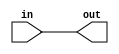
/* 
This file provides the mapping from the Wokwi modules to Verilog HDL

It's only needed for Wokwi designs

*/
`define default_netname none

module buffer_cell (
    input wire in,
    output wire out
    );
    assign out = in;
endmodule

module and_cell (
    input wire a,
    input wire b,
    output wire out
    );

    assign out = a & b;
endmodule

module or_cell (
    input wire a,
    input wire b,
    output wire out
    );

    assign out = a | b;
endmodule

module xor_cell (
    input wire a,
    input wire b,
    output wire out
    );

    assign out = a ^ b;
endmodule

module nand_cell (
    input wire a,
    input wire b,
    output wire out
    );

    assign out = !(a&b);
endmodule

module not_cell (
    input wire in,
    output wire out
    );

    assign out = !in;
endmodule

module mux_cell (
    input wire a,
    input wire b,
    input wire sel,
    output wire out
    );

    assign out = sel ? b : a;
endmodule

module dff_cell (
    input wire clk,
    input wire d,
    output reg q,
    output wire notq
    );

    assign notq = !q;
    always @(posedge clk)
        q <= d;

endmodule

module dffsr_cell (
    input wire clk,
    input wire d,
    input wire s,
    input wire r,
    output reg q,
    output wire notq
    );

    assign notq = !q;

    always @(posedge clk or posedge s or posedge r) begin
        if (r)
            q <= 0;
        else if (s)
            q <= 1;
        else
            q <= d;
    end
endmodule